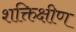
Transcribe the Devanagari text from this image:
शक्तिक्षीण